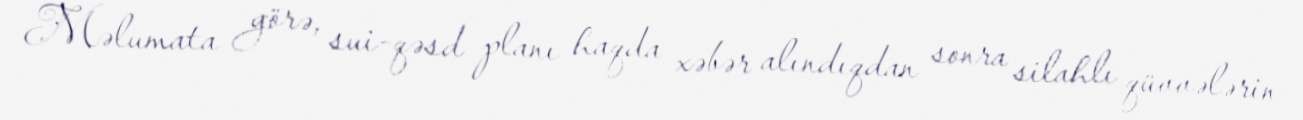
Məlumata görə, sui-qəsd planı haqda xəbər alındıqdan sonra silahlı qüvvələrin